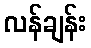
လန်ချန်း